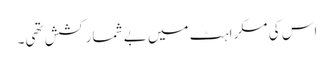
اس کی مسکراہٹ میں بے شمار کشش تھی۔